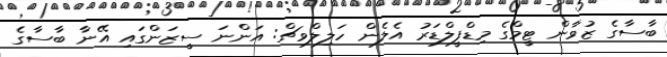
ބާސާގެ ޒުވާން ޓީމްގެ މިޑްފީލްޑަރު އެލެން ހަލިލްވިޗް: އަންނަ ސީޒަންގައި އޭނާ ބާސާގެ